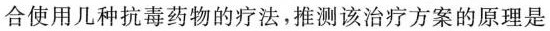
合使用几种抗毒药物的疗法，推测该治疗方案的原理是